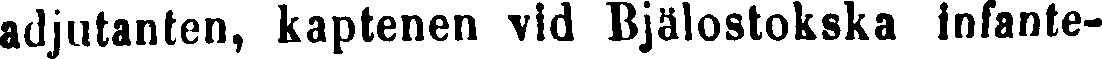
adjutanten, kaptenen vid Bjälostokska infante-